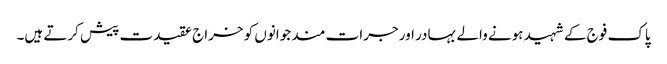
پاک فوج کے شہید ہونے والے بہادر اور جرات مند جوانوں کو خراج عقیدت پیش کرتے ہیں۔